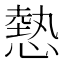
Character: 𢟯